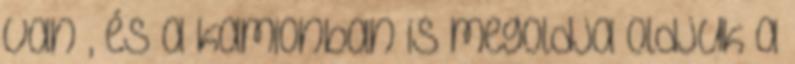
van , és a kamionban is megoldja oldjuk a